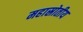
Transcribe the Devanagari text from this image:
महास्रोतीय